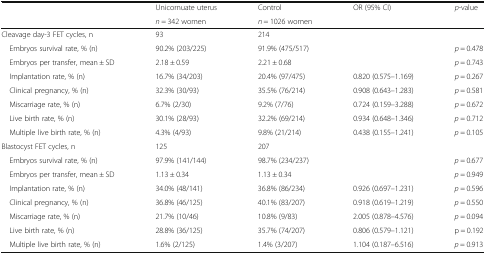
<table><thead><tr><td rowspan="2">[EMPTY_CELL]</td><td><b>Unicornuate uterus</b></td><td><b>Control</b></td><td><b>OR (95% CI)</b></td><td rowspan="2"><b><i>p</i>-value</b></td></tr><tr><td><b><i>n</i> = 342 women</b></td><td><b><i>n</i> = 1026 women</b></td><td>[EMPTY_CELL]</td></tr></thead><tbody><tr><td>Cleavage day-3 FET cycles, n</td><td>93</td><td>214</td><td>[EMPTY_CELL]</td><td>[EMPTY_CELL]</td></tr><tr><td> Embryos survival rate, % (n)</td><td>90.2% (203/225)</td><td>91.9% (475/517)</td><td>[EMPTY_CELL]</td><td><i>p</i> = 0.478</td></tr><tr><td> Embryos per transfer, mean ± SD</td><td>2.18 ± 0.59</td><td>2.21 ± 0.68</td><td>[EMPTY_CELL]</td><td><i>p</i> = 0.743</td></tr><tr><td> Implantation rate, % (n)</td><td>16.7% (34/203)</td><td>20.4% (97/475)</td><td>0.820 (0.575–1.169)</td><td><i>p</i> = 0.267</td></tr><tr><td> Clinical pregnancy, % (n)</td><td>32.3% (30/93)</td><td>35.5% (76/214)</td><td>0.908 (0.643–1.283)</td><td><i>p</i> = 0.581</td></tr><tr><td> Miscarriage rate, % (n)</td><td>6.7% (2/30)</td><td>9.2% (7/76)</td><td>0.724 (0.159–3.288)</td><td><i>p</i> = 0.672</td></tr><tr><td> Live birth rate, % (n)</td><td>30.1% (28/93)</td><td>32.2% (69/214)</td><td>0.934 (0.648–1.346)</td><td><i>p</i> = 0.712</td></tr><tr><td> Multiple live birth rate, % (n)</td><td>4.3% (4/93)</td><td>9.8% (21/214)</td><td>0.438 (0.155–1.241)</td><td><i>p</i> = 0.105</td></tr><tr><td>Blastocyst FET cycles, n</td><td>125</td><td>207</td><td>[EMPTY_CELL]</td><td>[EMPTY_CELL]</td></tr><tr><td> Embryos survival rate, % (n)</td><td>97.9% (141/144)</td><td>98.7% (234/237)</td><td>[EMPTY_CELL]</td><td><i>p</i> = 0.677</td></tr><tr><td> Embryos per transfer, mean ± SD</td><td>1.13 ± 0.34</td><td>1.13 ± 0.34</td><td>[EMPTY_CELL]</td><td><i>p</i> = 0.949</td></tr><tr><td> Implantation rate, % (n)</td><td>34.0% (48/141)</td><td>36.8% (86/234)</td><td>0.926 (0.697–1.231)</td><td><i>p</i> = 0.596</td></tr><tr><td> Clinical pregnancy, % (n)</td><td>36.8% (46/125)</td><td>40.1% (83/207)</td><td>0.918 (0.619–1.219)</td><td><i>p</i> = 0.550</td></tr><tr><td> Miscarriage rate, % (n)</td><td>21.7% (10/46)</td><td>10.8% (9/83)</td><td>2.005 (0.878–4.576)</td><td><i>p</i> = 0.094</td></tr><tr><td> Live birth rate, % (n)</td><td>28.8% (36/125)</td><td>35.7% (74/207)</td><td>0.806 (0.579–1.121)</td><td>p = 0.192</td></tr><tr><td> Multiple live birth rate, % (n)</td><td>1.6% (2/125)</td><td>1.4% (3/207)</td><td>1.104 (0.187–6.516)</td><td><i>p</i> = 0.913</td></tr></tbody></table>